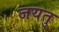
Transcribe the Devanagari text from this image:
जयतु